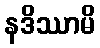
နဒိဿာမိ